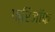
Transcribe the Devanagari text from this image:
फ्रिजॉफ